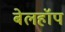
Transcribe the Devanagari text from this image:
बेलहॉप